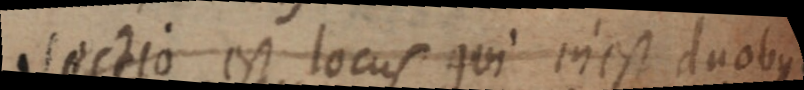
sectio est locus qui in est duobus